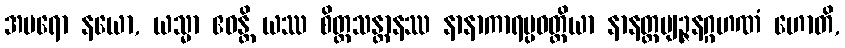
အပရော နယော, ယသ္မာ ဧဝန္တိ ယဿ စိတ္တသန္တာနဿ နာနာကာရပ္ပဝတ္တိယာ နာနတ္ထဗျဉ္ဇနဂ္ဂဟဏံ ဟောတိ,